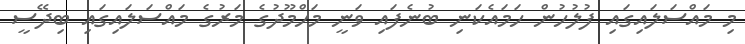
މި މައްސަލައިގައި ފުލުހުން ހަމައެކަނި ބުނެފައި ވަނީ މަހްމޫދުގެ މަރުގެ މައްސަލައިގައި ބިދޭސީ